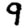
Digit: 9